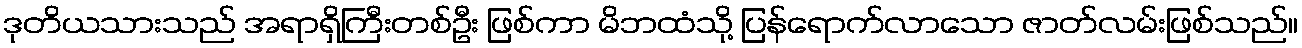
ဒုတိယသားသည် အရာရှိကြီးတစ်ဦး ဖြစ်ကာ မိဘထံသို့ ပြန်ရောက်လာသော ဇာတ်လမ်းဖြစ်သည်။